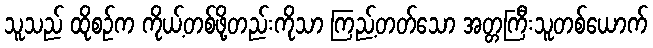
သူသည် ထိုစဉ်က ကိုယ့်တစ်ဖို့တည်းကိုသာ ကြည့်တတ်သော အတ္တကြီးသူတစ်ယောက်